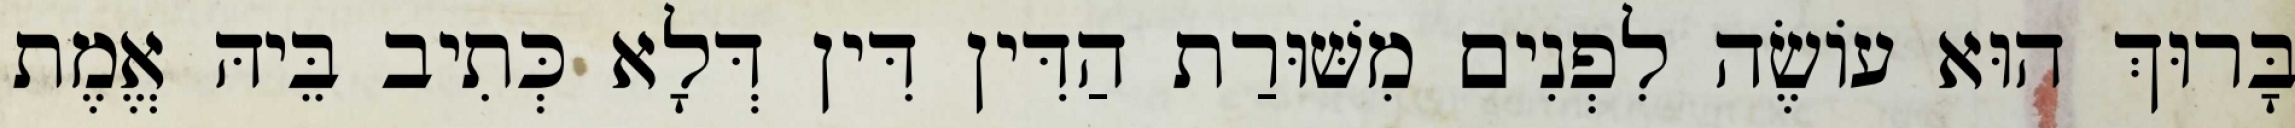
בָּרוּךְ הוּא עוֹשֶׂה לִפְנִים מִשּׁוּרַת הַדִּין דִּין דְּלָא כְּתִיב בֵּיהּ אֱמֶת